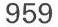
959